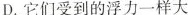
D.它们受到的浮力一样大